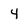
Character: 4